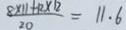
\frac { 8 \times 1 1 + 1 2 \times 1 2 } { 2 0 } = 1 1 . 6